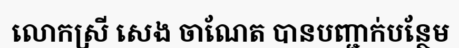
លោកស្រី សេង ចាណែត បានបញ្ជាក់បន្ថែម